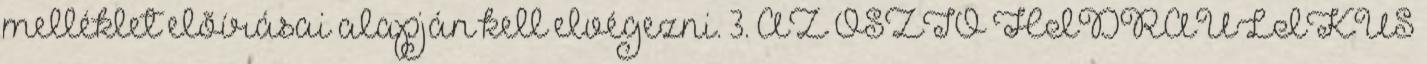
melléklet elõírásai alapján kell elvégezni. 3. AZ OSZTÓ HIDRAULIKUS